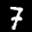
Label: 7